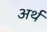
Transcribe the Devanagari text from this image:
अर्थ